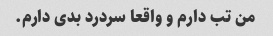
من تب دارم و واقعا سردرد بدی دارم.